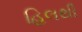
હિલથી